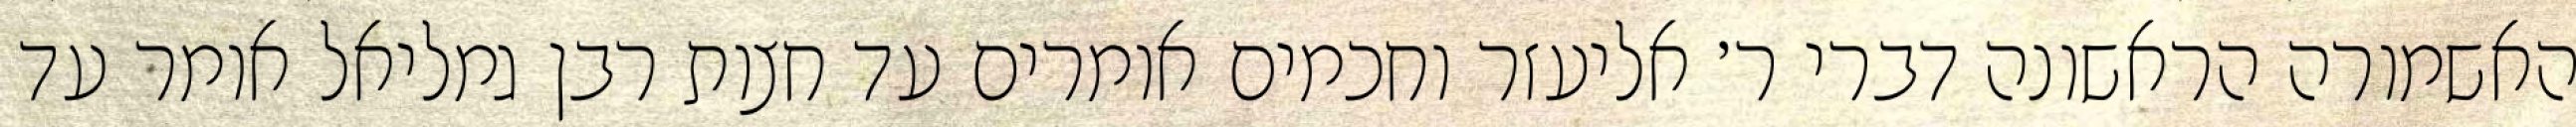
האשמורה הראשונה דברי ר׳ אליעזר וחכמים אומרים עד חצות רבן גמליאל אומר עד